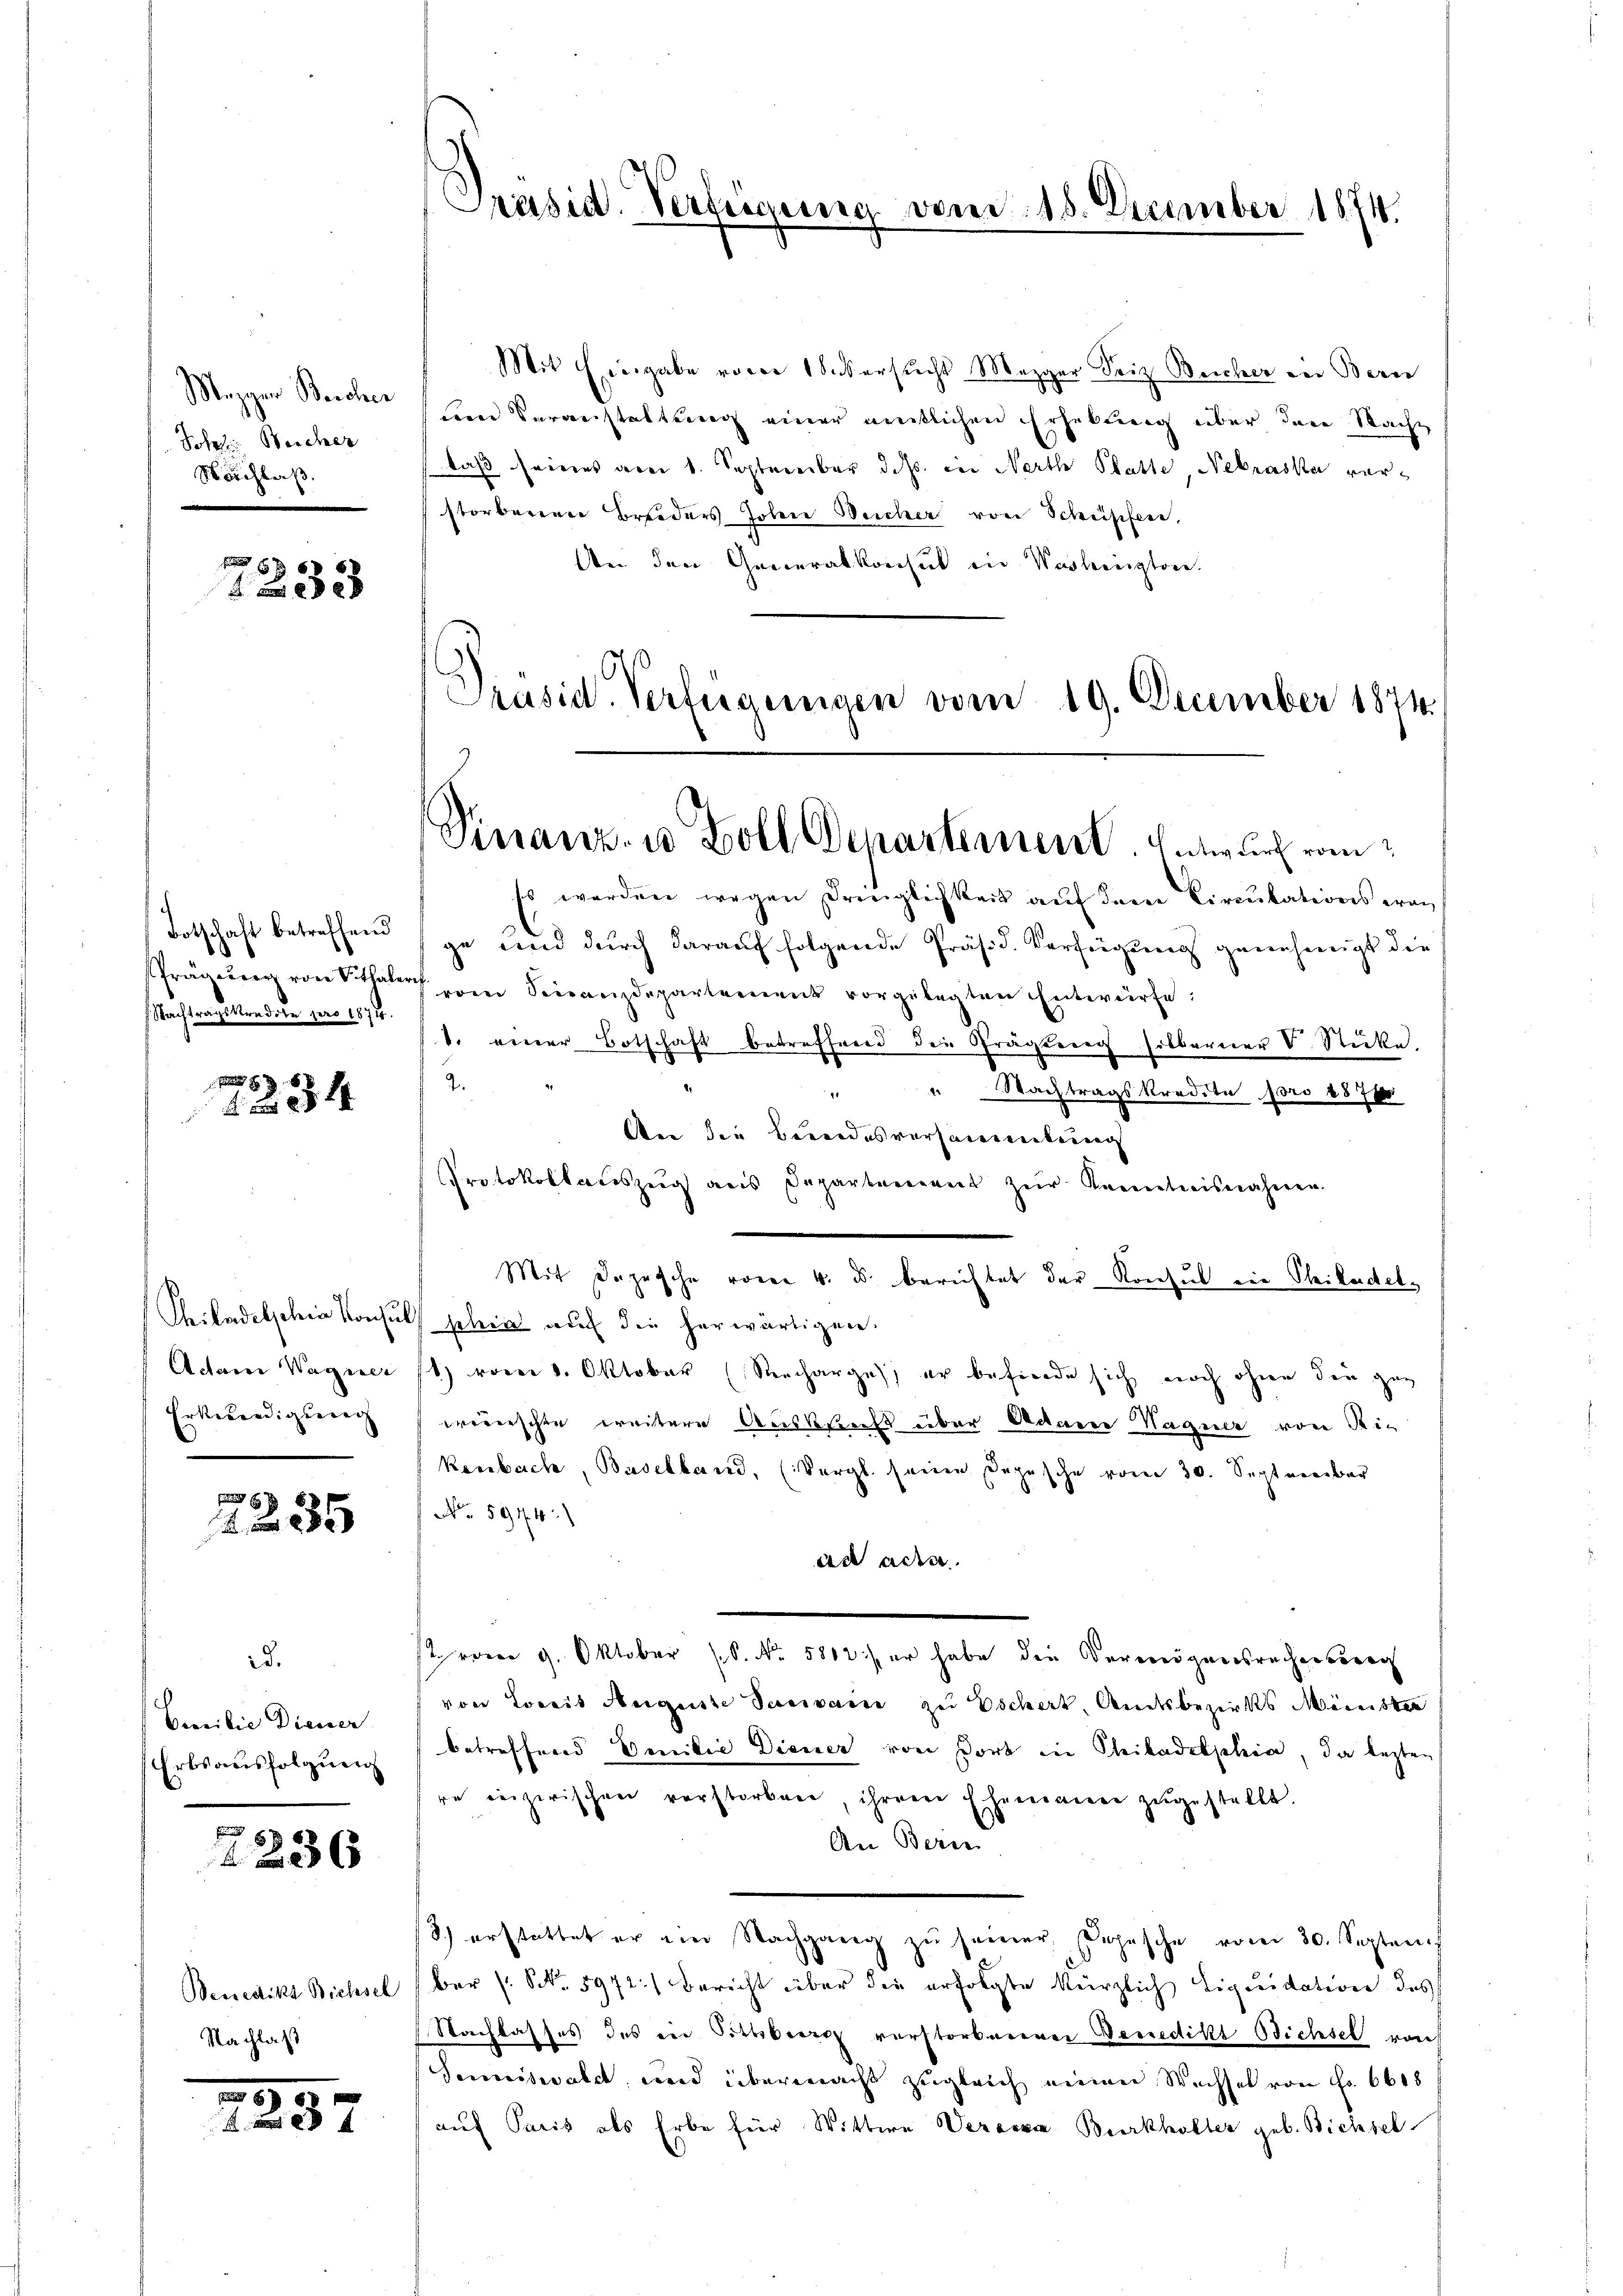
Mezger Bercher
Sohler Weicher
Nachlaß.

86
x

Totschaft betreffend
Nachtragskredite pro 1874.

8
1234

Adam Wagner
Erkennedigung

7
2

d.
Cecribie Diesser
Erbsausfolgung

2236

Seestrikt Bichsel
Nachlaß

.
2237

Präsid. Verfügung vom 15. December 1874.

Mit Eingabe vor 1 Seversucht Mezger Friz Beicher in Bern
tem Veranstaltung einer amtlichen Erhebung über der Sache
daß seines drei v. Septereiber dass der Nerthe Platte, Nebraska verstorbenen Brueders Johen Weicher von Schüpfen,
An den Generalkonsul in Verhengten.
Präsid. Verfügungen vom 19. December 1874

Sinanz- u. Zoll Departement der durch vom

Es werden wegen Dringlichkeit auf dem Circulationswange und durch darauf folgende Präsid. Verfügung genehmigt die
sPrägung von Seithaler vom Finanzdepartement vorgelegten Entwürfe:
v. einer Botschaft betreffend die Prägung silberner V. Stücke.
.
" " Nachtragskredita pro 1871
An die Bereidesversammenkung
Protokollauszug aus Departement zŭr Kenntnisnahmen.
Mit Depesche vom 4. ds. berichtet der Konsul ein Philadet¬
Philadelschen Konsuls gelei aŭf die herwärtigen.
1) vom 1. Oktober Recharges er befinde sich noch ohne den geg
verschte weitere Auskunft über Adamer Wagner von Rie
kenbach, Baselland, (Vergl. seine Depesche vom 30. September
No 5944.)
dn acta.
st vom 9. Oktober (S. No. 5812) er habe die Vermögensrechersorg
von Loris Aergeste Variane zu Eschert, Amtsbezirks Minister
betreffend Venilie Diener von Dort in Philadelphia, da lezten
re inzwischen verstorbeer ihrere Ehemann zugestellt.
An Berne
) erstattet er ein Nachgang zŭ seiner Johasche vom 30. Septem
ber (: NNo. 5972.) Bericht über die erfolgte kürzlich Liquidation des
Nachlasses des ein Sitterer verstorbenener Venedikt Bichsel von
Samiswaldt, und übermacht zugleich einen Wechsel von Fr. 6618
auf Paris als Erbe für Wittwe Weraria Burkhöller geb. Bichsel